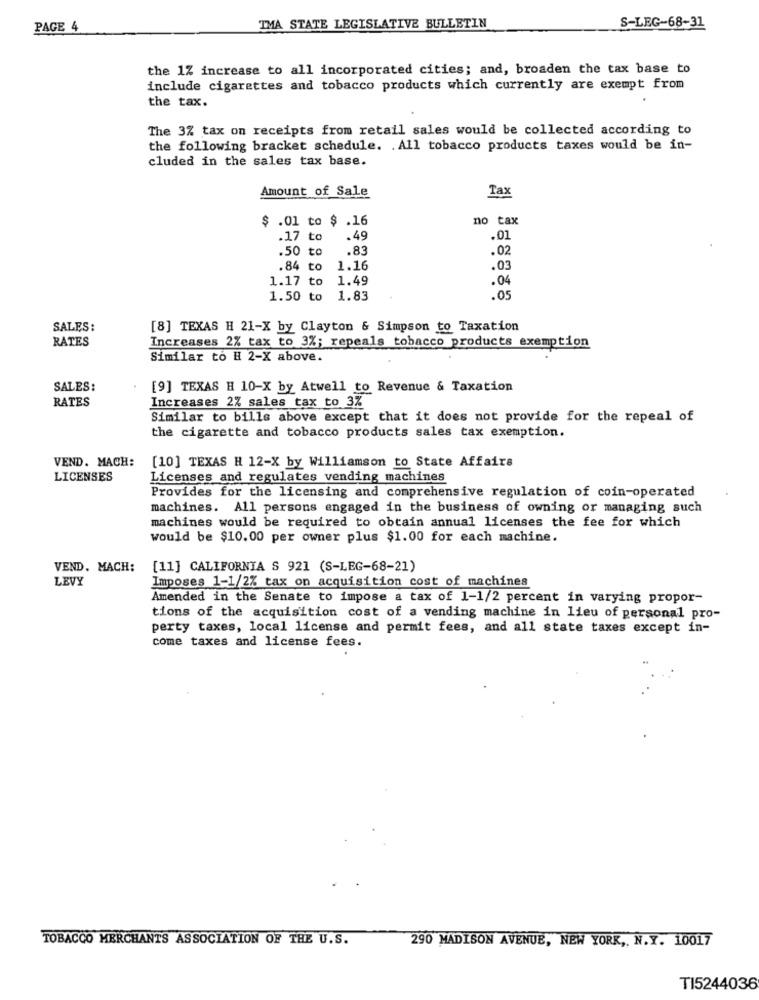
PAGE 4
TMA STATE LEGISLATIVE BULLETIN
S-LEG-68-31
the 1% increase to all incorporated cities; and, broaden the tax base to
include cigarettes and tobacco products which currently are exempt from
the tax.
The 3% tax on receipts from retail sales would be collected according to
the following bracket schedule. . All tobacco products taxes would be in-
cluded in the sales tax base.
Amount of Sale
Tax
.01 to $ .16
no tax
.17 to
.49
.01
.50 to
.83
.02
.84 to
1.16
.03
1.17 to
1.49
.04
1.50 to
1.83
.05
SALES:
[8] TEXAS H 21-X by Clayton & Simpson to Taxation
RATES
Increases 2% tax to 3%; repeals tobacco products exemption
Similar to H 2-X above.
SALES:
[9] TEXAS H 10-X by Atwell to Revenue & Taxation
Increases 2% sales tax to 3%
RATES
Similar to bills above except that it does not provide for the repeal of
the cigarette and tobacco products sales tax exemption.
VEND. MACH:
[10] TEXAS H 12-X by Williamson to State Affairs
LICENSES
Licenses and regulates vending machines
Provides for the licensing and comprehensive regulation of coin-operated
machines. All persons engaged in the business of owning or managing such
machines would be required to obtain annual licenses the fee for which
would be $10.00 per owner plus $1.00 for each machine.
VEND. MACH:
[11] CALIFORNIA S 921 (S-LEG-68-21)
LEVY
Imposes 1-1/2% tax on acquisition cost of machines
Amended in the Senate to impose a tax of 1-1/2 percent in varying propor-
tions of the acquisition cost of a vending machine in lieu of personal pro-
perty taxes, local license and permit fees, and all state taxes except in-
come taxes and license fees.
TOBACCO MERCHANTS ASSOCIATION OF THE U.S.
290 MADISON AVENUE, NEW YORK ,, N.Y. 10017
TI5244036